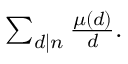
\textstyle \sum _ { d \mid n } { \frac { \mu ( d ) } { d } } .